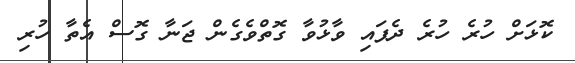
ކޮޅަށް ހުރެ ހުރެ ދެފައި ވާޅުވާ ގޮތްވެގެން ޖަނާ ގޮސް އެތާ ހުރި